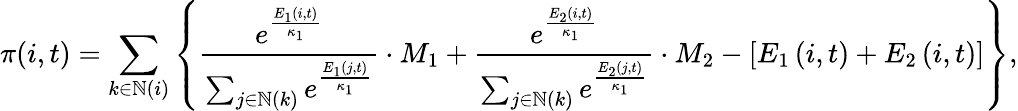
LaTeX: \pi(i,t)=\sum_{k\in\mathbb{N}(i)}\left\{ \frac{e^{\frac{E_{\scriptscriptstyle 1}\left(i,t\right)}{\kappa_{1}}}}{\sum_{j\in\mathbb{N}\left(k\right)}e^{\frac{E_{1}\left(j,t\right)}{\kappa_{1}}}}\cdot M_{1}+\frac{e^{\frac{E_{\scriptscriptstyle 2}\left(i,t\right)}{\kappa_{1}}}}{\sum_{j\in\mathbb{N}\left(k\right)}e^{\frac{E_{2}\left(j,t\right)}{\kappa_{1}}}}\cdot M_{2}-\left[E_{1}\left(i,t\right)+E_{2}\left(i,t\right)\right]\right\} ,